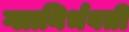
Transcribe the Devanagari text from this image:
ग्लानिर्भवती